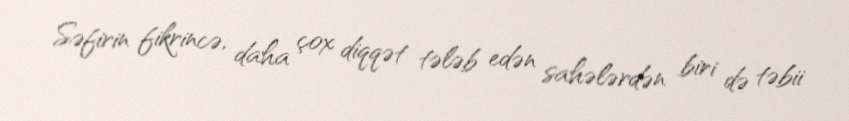
Səfirin fikrincə, daha çox diqqət tələb edən sahələrdən biri də təbii